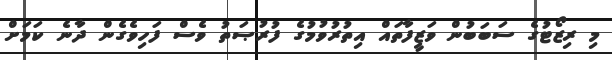
މި ރިޒޯޓުގެ ސަބަބުން ވަޒީފާތައް އިތުރުވުމުގެ ފުރުޞަތު ވެސް ފަހިވެގެން ދާނެ ކަމަށް